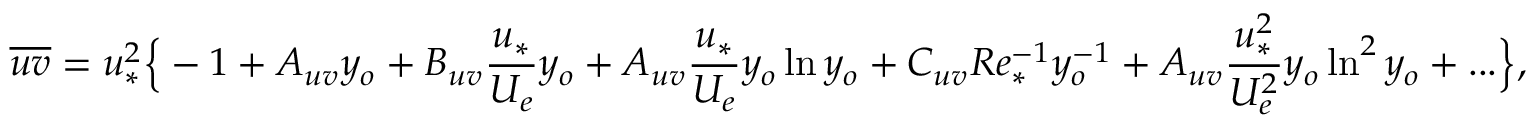
\overline { { u v } } = u _ { * } ^ { 2 } \Big \{ - 1 + A _ { u v } y _ { o } + B _ { u v } \frac { u _ { * } } { U _ { e } } y _ { o } + A _ { u v } \frac { u _ { * } } { U _ { e } } y _ { o } \ln y _ { o } + C _ { u v } R e _ { * } ^ { - 1 } y _ { o } ^ { - 1 } + A _ { u v } \frac { u _ { * } ^ { 2 } } { U _ { e } ^ { 2 } } y _ { o } \ln ^ { 2 } y _ { o } + . . . \Big \} ,